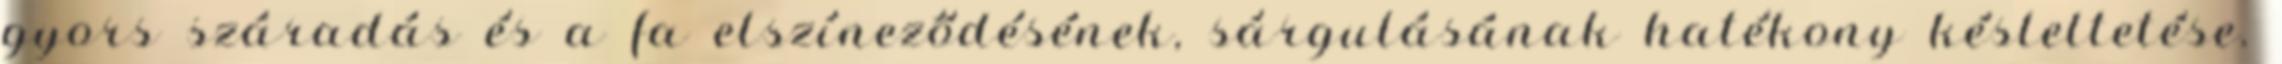
gyors száradás és a fa elszíneződésének, sárgulásának hatékony késleltetése.